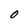
Character: O